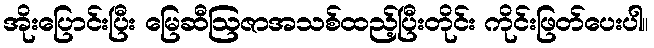
အိုးပြောင်းပြီး မြေဆီဩဇာအသစ်ထည့်ပြီးတိုင်း ကိုင်းဖြတ်ပေးပါ။